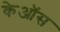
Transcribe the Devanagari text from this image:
केऑस